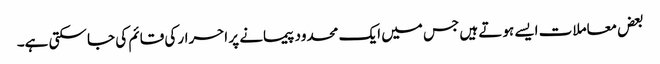
بعض معاملات ایسے ہوتے ہیں جس میں ایک محدود پیمانے پر احرار کی قائم کی جا سکتی ہے۔